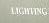
lighting